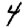
Digit: 4